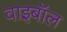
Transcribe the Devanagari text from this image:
वाइबॉल